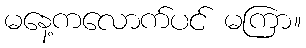
မနေ့ကလောက်ပင် မကြာ။